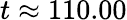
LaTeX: t\approx 110.00